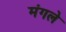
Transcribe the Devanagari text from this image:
मंगले